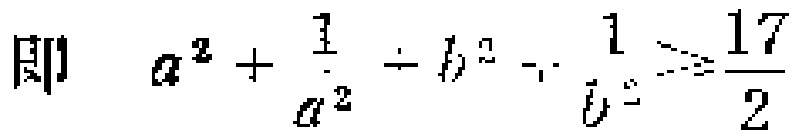
即 \(a^{2}+\frac{1}{a^{2}}+b^{2}+\frac{1}{b^{2}}\geqslant\frac{17}{2}\)